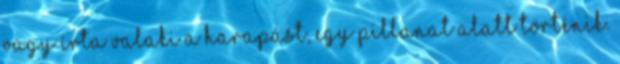
vagy írta valaki a harapást, egy pillanat alatt történik.